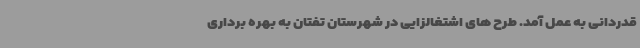
قدردانی به عمل آمد. طرح های اشتغالزایی در شهرستان تفتان به بهره برداری